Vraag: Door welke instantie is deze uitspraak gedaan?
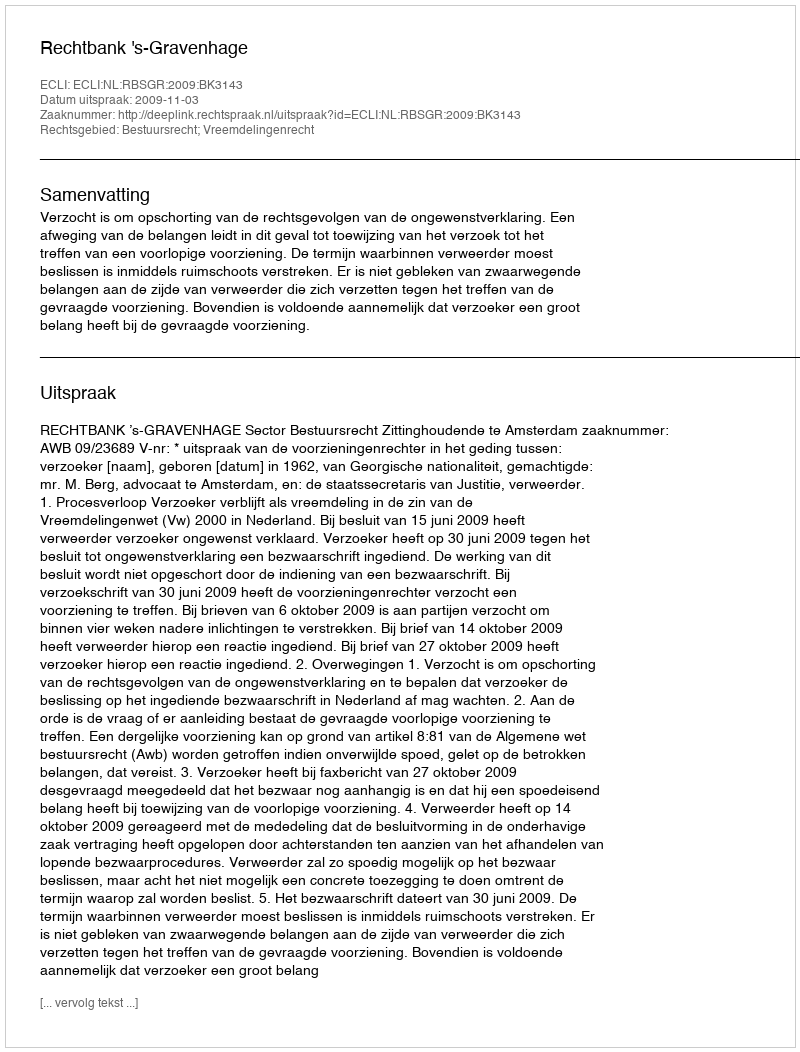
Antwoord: Rechtbank 's-Gravenhage